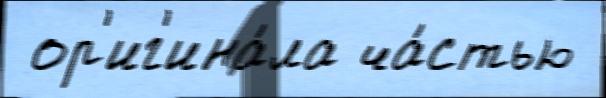
 ор'иг'ина́ла ча́стью